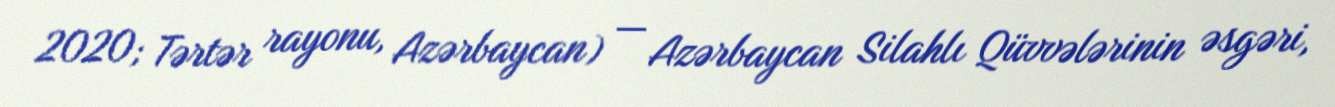
2020; Tərtər rayonu, Azərbaycan) — Azərbaycan Silahlı Qüvvələrinin əsgəri,